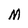
Character: M